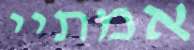
אמתיי